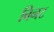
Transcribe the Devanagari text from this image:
बिनट